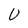
Character: U